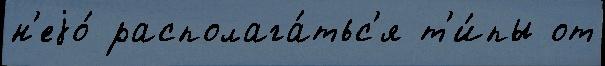
н'еjо́ располага́тьс'я т'и́пы от